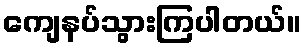
ကျေနပ်သွားကြပါတယ်။